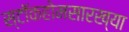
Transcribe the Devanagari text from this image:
स्टॉकहोमसारख्या